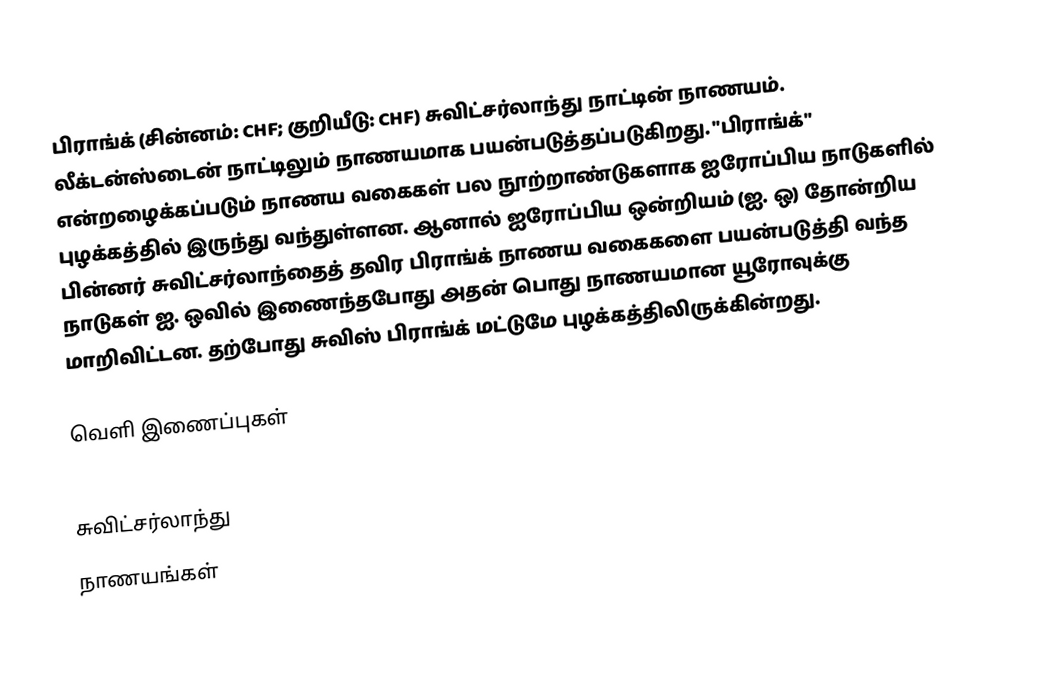
பிராங்க் (சின்னம்: CHF; குறியீடு: CHF) சுவிட்சர்லாந்து நாட்டின் நாணயம். லீக்டன்ஸ்டைன் நாட்டிலும் நாணயமாக பயன்படுத்தப்படுகிறது. "பிராங்க்" என்றழைக்கப்படும் நாணய வகைகள் பல நூற்றாண்டுகளாக ஐரோப்பிய நாடுகளில் புழக்கத்தில் இருந்து வந்துள்ளன. ஆனால் ஐரோப்பிய ஒன்றியம் (ஐ. ஒ) தோன்றிய பின்னர் சுவிட்சர்லாந்தைத் தவிர பிராங்க் நாணய வகைகளை பயன்படுத்தி வந்த நாடுகள் ஐ. ஒவில் இணைந்தபோது அதன் பொது நாணயமான யூரோவுக்கு மாறிவிட்டன. தற்போது சுவிஸ் பிராங்க் மட்டுமே புழக்கத்திலிருக்கின்றது.

வெளி இணைப்புகள்

சுவிட்சர்லாந்து
நாணயங்கள்